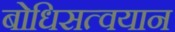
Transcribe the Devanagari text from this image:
बोधिसत्वयान